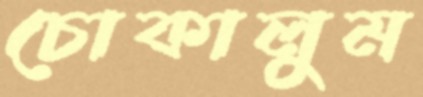
চোকালুম